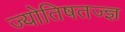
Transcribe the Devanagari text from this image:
ज्योतिषतज्ज्ञ